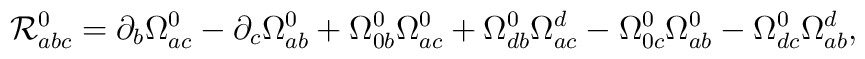
{\cal R}_{abc}^0=\partial _b\Omega _{ac}^0-\partial _c\Omega _{ab}^0+\Omega_{0b}^0\Omega _{ac}^0+\Omega _{db}^0\Omega _{ac}^d-\Omega _{0c}^0\Omega_{ab}^0-\Omega _{dc}^0\Omega _{ab}^d,